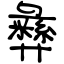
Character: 彝